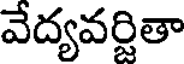
వేద్యవర్జితా